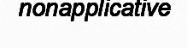
nonapplicative